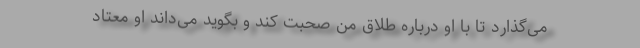
می‌گذارد تا با او درباره طلاق من صحبت کند و بگوید می‌داند او معتاد